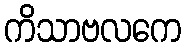
ကိသာဗလကေ